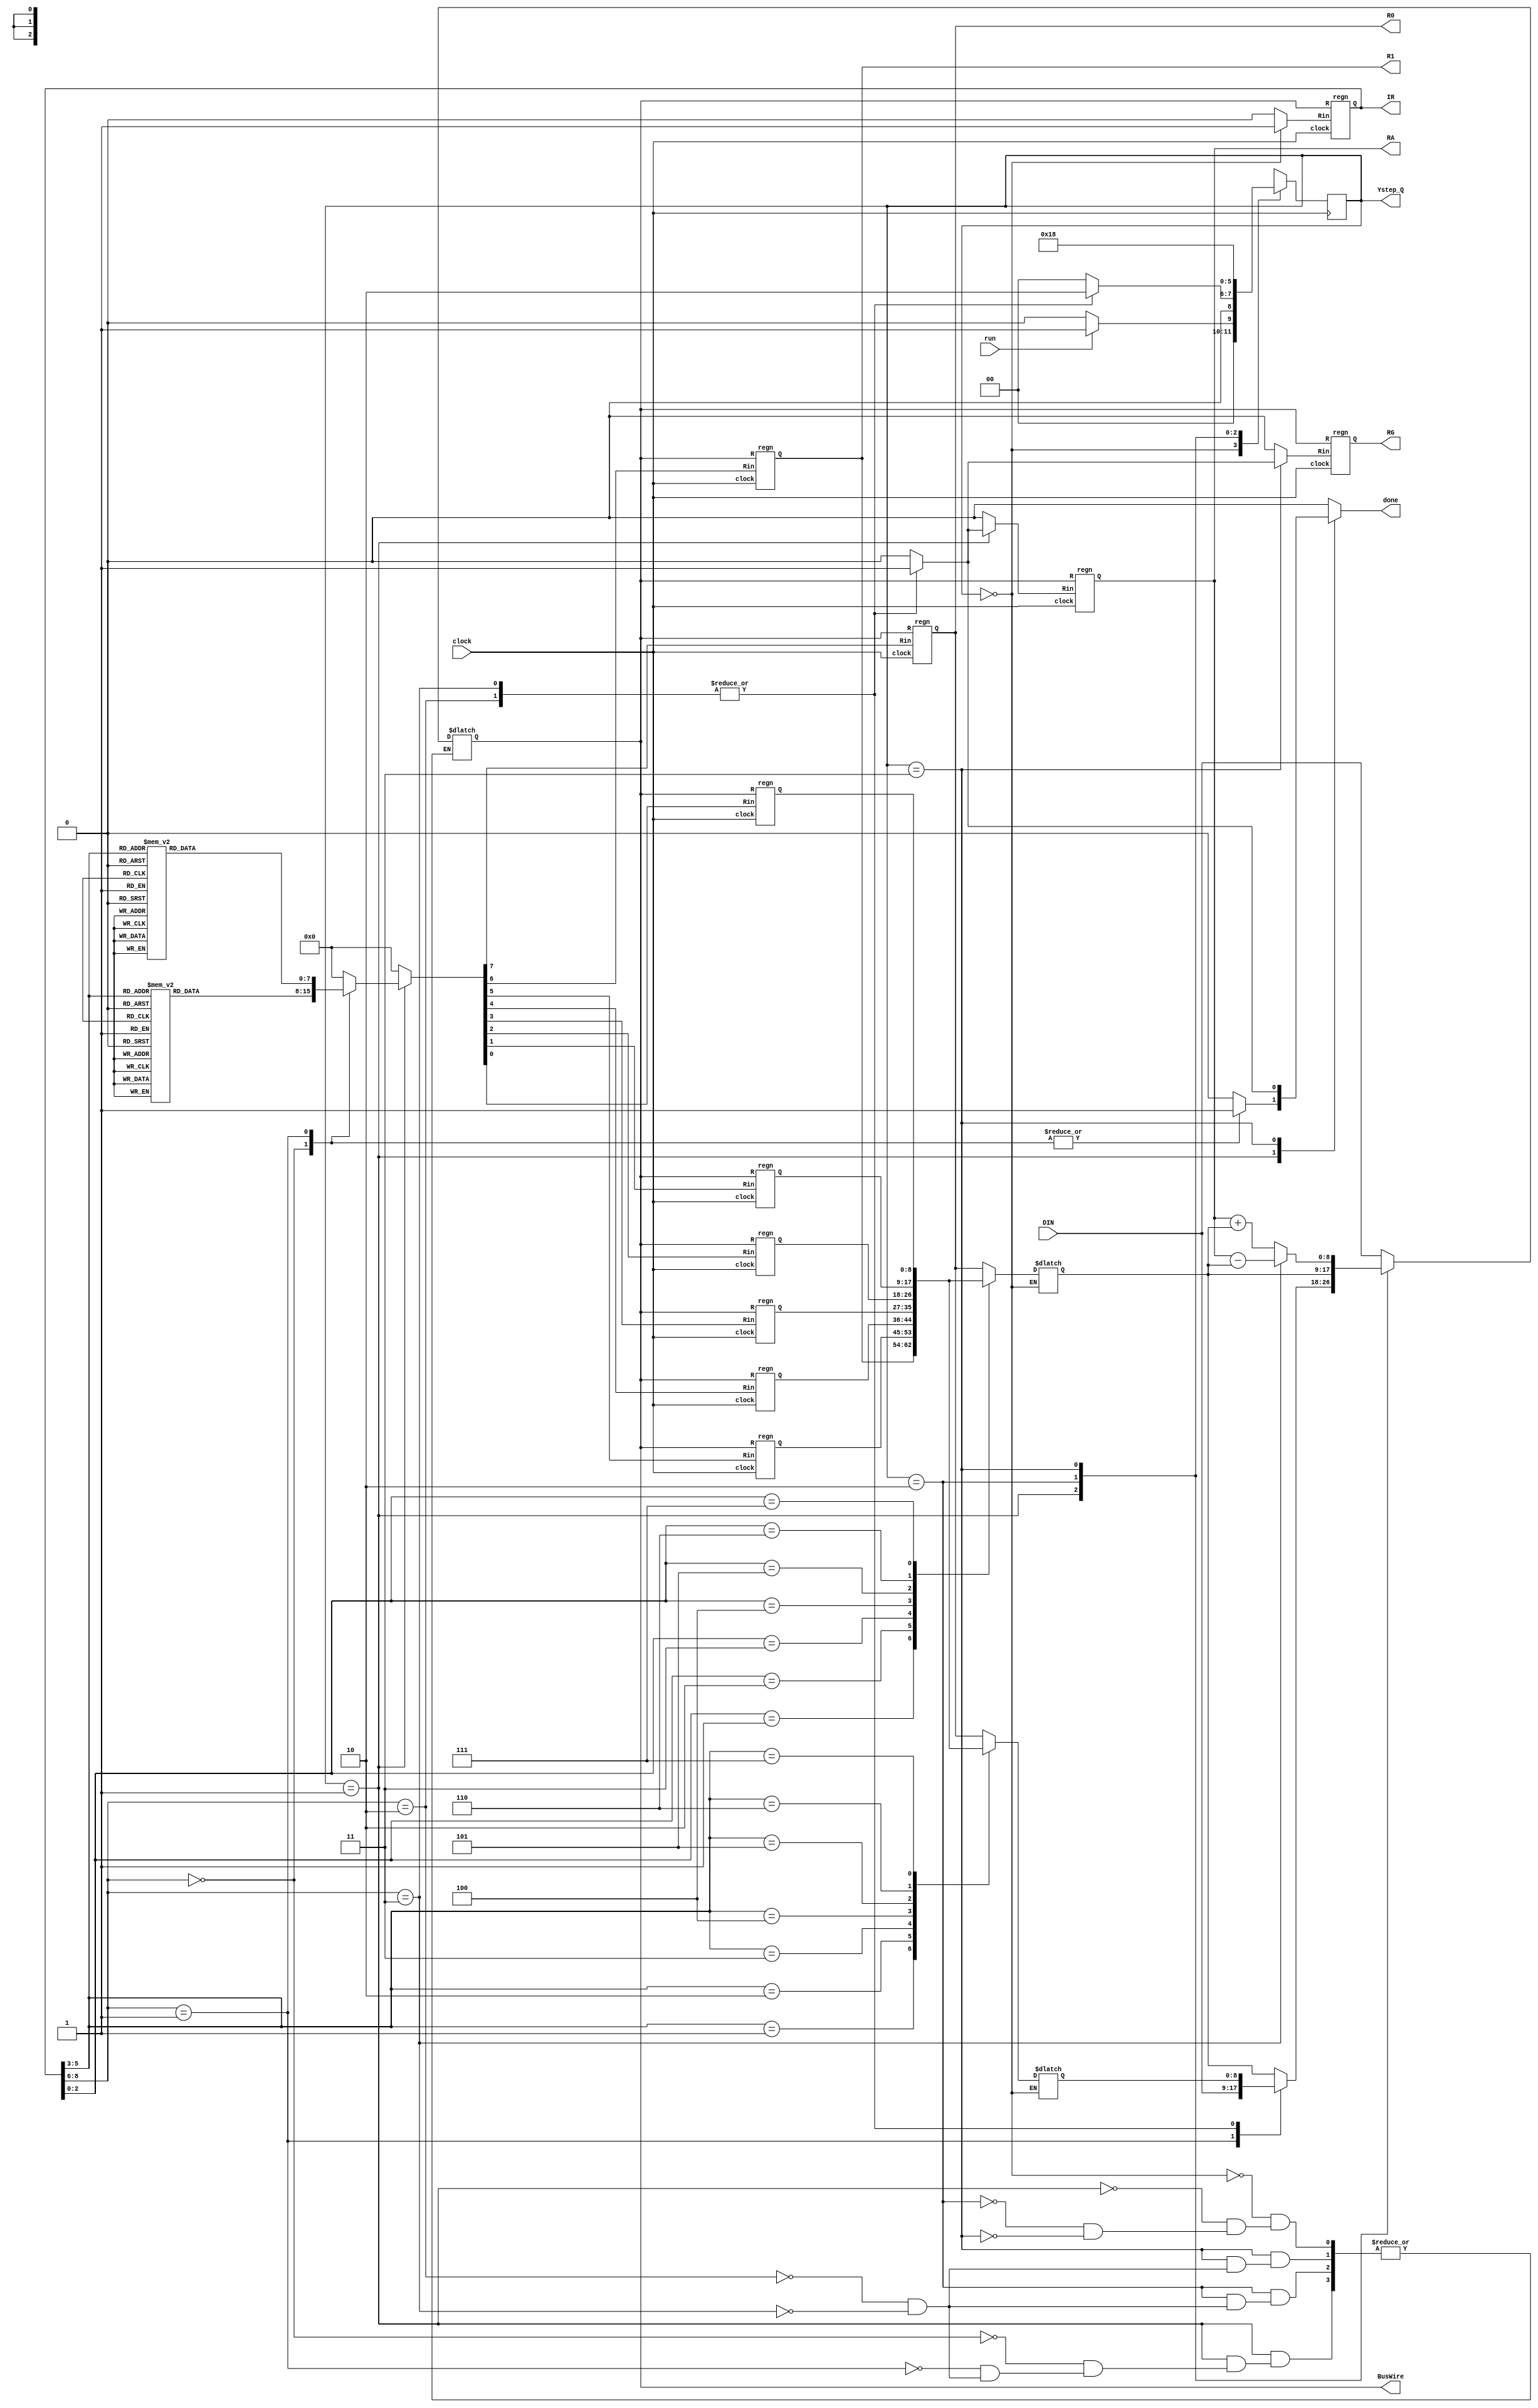
module a_simple_processor (
    input clock, run, input [8:0] DIN, output reg done, output reg [8:0] BusWire, output [8:0] IR, output reg [2:0] Ystep_Q, output [8:0] R0, R1, RA, RG
);
    parameter T0 = 3'd0, T1 = 3'd1, T2 = 3'd2, T3 = 3'd3;

    wire [2:0] I;

    reg IRin;
    reg [0:7] Rin;
    reg RAin;
    reg RGin;

    reg [8:0] Rx;
    reg [8:0] Ry;
    wire [8:0] R2;
    wire [8:0] R3;
    wire [8:0] R4;
    wire [8:0] R5;
    wire [8:0] R6;
    wire [8:0] R7;

    wire [2:0] Xreg;
    wire [2:0] Yreg;

    reg [2:0] Ystep_D;

    assign I = IR[8:6];
    assign Xreg = IR[5:3];
    assign Yreg = IR[2:0];

    always @(Ystep_Q, run, I) begin
        case (Ystep_Q)
            T0: begin
                if (run) begin
                    Ystep_D = T1;
                end else begin
                    Ystep_D = T0;
                end
            end

            T1: begin
                case (I)
                    0: Ystep_D = T0;

                    1: Ystep_D = T0;

                    2: Ystep_D = T2;

                    3: Ystep_D = T2;

                    default: Ystep_D = T0;
                endcase
            end

            T2: Ystep_D = T3;

            T3: Ystep_D = T0;

            default: Ystep_D = 3'bxxx;
        endcase
    end

    always @(Ystep_Q, I, Xreg, Yreg) begin
		  done = 0;
          IRin = 0;
          Rin = 0;
          RAin = 0;
          RGin = 0;
	 
        case (Ystep_Q)
            T0: begin
                BusWire = DIN;
                IRin = 1;
                case (Xreg)
                    0: Rx = R0;
                    1: Rx = R1;
                    2: Rx = R2;
                    3: Rx = R3;
                    4: Rx = R4;
                    5: Rx = R5;
                    6: Rx = R6;
                    7: Rx = R7;
                    default: Rx = 0;
                endcase
                case (Yreg)
                    0: Ry = R0;
                    1: Ry = R1;
                    2: Ry = R2;
                    3: Ry = R3;
                    4: Ry = R4;
                    5: Ry = R5;
                    6: Ry = R6;
                    7: Ry = R7; 
                    default: Ry = 0;
                endcase
            end

            T1: begin
                case (I)
                    0: begin
                        BusWire = Ry;
                        case (Xreg)
                            0: Rin[0] = 1;
                            1: Rin[1] = 1;
                            2: Rin[2] = 1;
                            3: Rin[3] = 1;
                            4: Rin[4] = 1;
                            5: Rin[5] = 1;
                            6: Rin[6] = 1;
                            7: Rin[7] = 1;
                            default: Rin = 0;
                        endcase
                        done = 1;
                    end

                    1: begin
                        BusWire = DIN;
                        case (Xreg)
                            0: Rin[0] = 1;
                            1: Rin[1] = 1;
                            2: Rin[2] = 1;
                            3: Rin[3] = 1;
                            4: Rin[4] = 1;
                            5: Rin[5] = 1;
                            6: Rin[6] = 1;
                            7: Rin[7] = 1;
                            default: Rin = 0;
                        endcase
                        done = 1;
                    end

                    2: begin
                        BusWire = Rx;
                        RAin = 1;
                        done = 0;
                    end

                    3: begin
                        BusWire = Rx;
                        RAin = 1;
                        done = 0;
                    end

                    default: done = 0;
                endcase
            end

            T2: begin
                case (I)
                    0: begin
                        done = 0;
                    end

                    1: begin
                        done = 0;
                    end

                    2: begin
                        BusWire = Ry;
                        done = 0;
                    end

                    3: begin
                        BusWire = Ry;                        
                        done = 0;
                    end

                    default: done = 0;
                endcase
            end

            T3: begin
                case (I)
                    0: begin
                        done = 0;
                    end

                    1: begin
                        done = 0;
                    end

                    2: begin
                        BusWire = RA + Ry;
                        RGin = 1;
                        
                        done = 1;
                    end

                    3: begin
                        BusWire = RA - Ry;
                        RGin = 1;
                        
                        done = 1;
                    end

                    default: done = 0;
                endcase
            end

            default: done = 0;
        endcase
    end

    always @(posedge clock) begin
        Ystep_Q = Ystep_D;
    end

    regn reg_IR (BusWire, IRin, clock, IR);
    regn reg_R0 (BusWire, Rin[0], clock, R0);
    regn reg_R1 (BusWire, Rin[1], clock, R1);
    regn reg_R2 (BusWire, Rin[2], clock, R2);
    regn reg_R3 (BusWire, Rin[3], clock, R3);
    regn reg_R4 (BusWire, Rin[4], clock, R4);
    regn reg_R5 (BusWire, Rin[5], clock, R5);
    regn reg_R6 (BusWire, Rin[6], clock, R6);
    regn reg_R7 (BusWire, Rin[7], clock, R7);
    regn reg_RA (BusWire, RAin, clock, RA);
    regn reg_RG (BusWire, RGin, clock, RG);


endmodule



module regn (
    input [8:0] R, input Rin, clock, output reg [8:0] Q
);
    always @(posedge clock) begin
        if (Rin) begin
            Q <= R;
        end
    end
endmodule